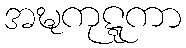
အဍ္ဎကုဋ္ဋကာ